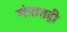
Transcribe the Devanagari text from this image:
मंत्रातही